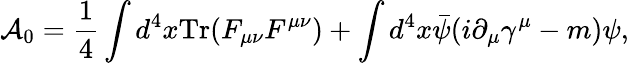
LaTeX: {\cal A}_{0}=\frac{1}{4}\int d^{4}x\mathrm{Tr}(F_{\mu\nu}F^{\mu\nu})+\int d^{4}x\bar{\psi}(i\partial_{\mu}\gamma^{\mu}-m)\psi,